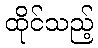
ထိုင်သည့်